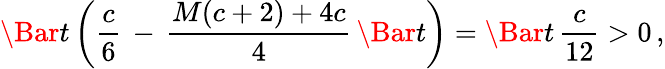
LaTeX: \Bar{t}\, \bigg(\frac{c}{6}\, -\, \frac{M(c+2)+4c}{4}\, \Bar{t}\bigg)=\Bar{t}\, \frac{c}{12}>0\, ,